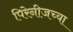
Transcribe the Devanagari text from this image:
पिरेनीजच्या